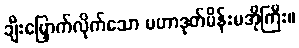
ချီးမြှောက်လိုက်သော မဟာဒုတ်မိန်းမအိုကြီး။